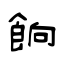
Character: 餉